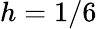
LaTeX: h=1/6